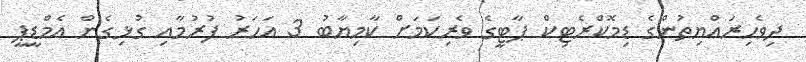
ދިވެހިރައްޔިތުންގެ ޑިމޮކްރެޓިކް ޕާޓީގެ ވެރިކަމަށް ކާމިޔާބު 3 އަހަރު ފުރުމާއި ގުޅިގެން އެމްޑީޕީ